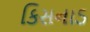
કિસનાડ